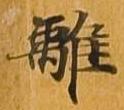
離